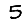
Digit: 5